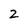
Character: 2